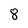
Character: 8